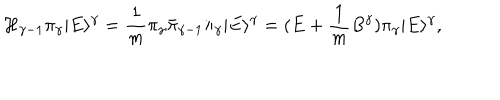
{ \mathcal { H } } _ { \gamma - 1 } \pi _ { \gamma } | E \rangle ^ { \gamma } = \frac { 1 } { m } \pi _ { \gamma } \bar { \pi } _ { \gamma - 1 } \pi _ { \gamma } | E \rangle ^ { \gamma } = ( E + \frac { 1 } { m } B ^ { \gamma } ) \pi _ { \gamma } | E \rangle ^ { \gamma } ,